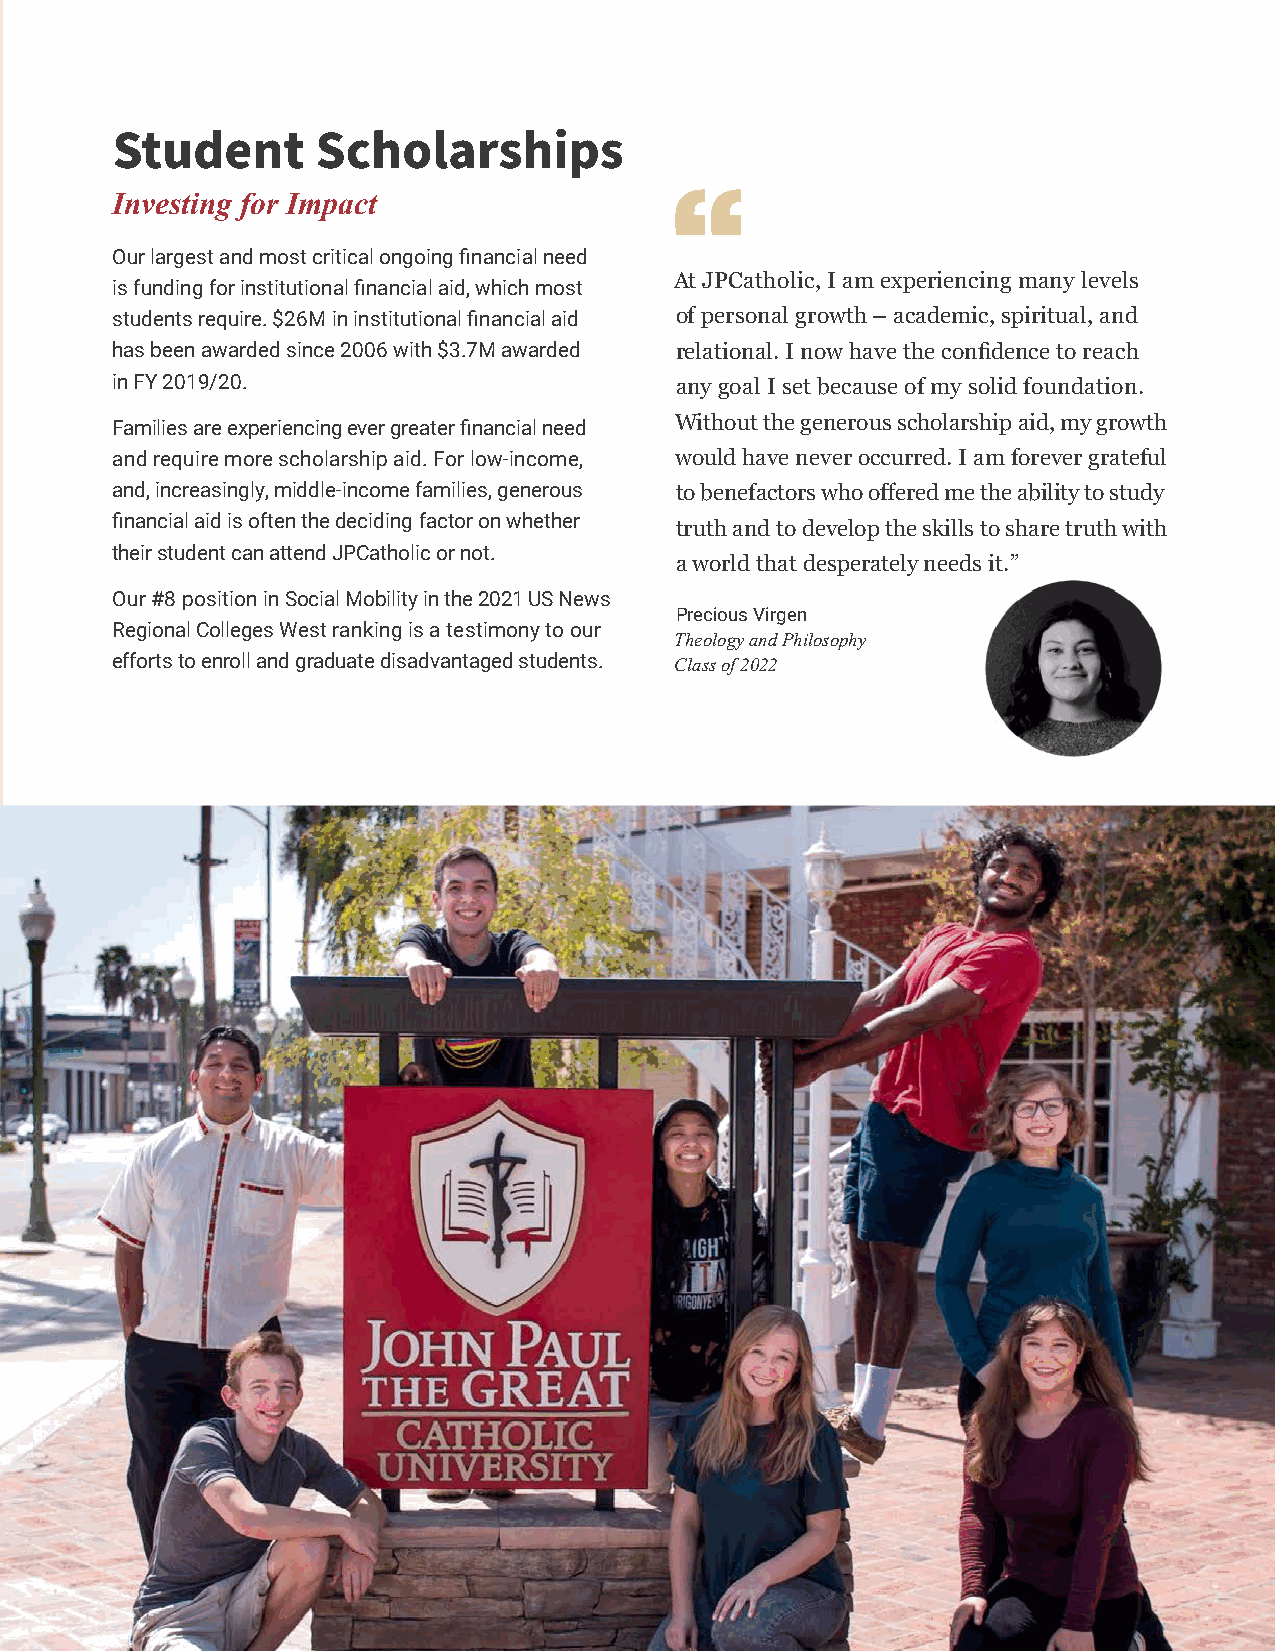
Student       Scholarships
 Investing for Impact
 Our largest and most critical ongoing financial need
 At JPCatholic, I am experiencing many levels
 is funding for institutional financial aid, which most
 students require. $26M in institutional financial aid of personal growth – academic, spiritual, and
 has been awarded since 2006 with $3.7M awarded relational. I now have the confidence to reach
 in FY 2019/20.                        any goal I set because of my solid foundation.
 Families are experiencing ever greater financial need Without the generous scholarship aid, my growth
 and require more scholarship aid. For low-income, would have never occurred. I am forever grateful
 and, increasingly, middle-income families, generous to benefactors who offered me the ability to study
 financial aid is often the deciding factor on whether
 truth and to develop the skills to share truth with
 their student can attend JPCatholic or not.
 a world that desperately needs it.”
 Our #8 position in Social Mobility in the 2021 US News
 Precious Virgen
 Regional Colleges West ranking is a testimony to our
 Theology and Philosophy
 efforts to enroll and graduate disadvantaged students. Class of 2022